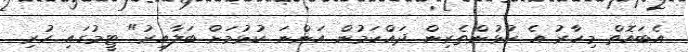
އެބައޮތް މިހާރު އެ ކުޅުންތެރިން ދައްކަމުން އަންނަ ކުޅުމަށް ބަލާއިރު" ޓީމުގައި ހުރި